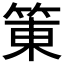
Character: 𰪀